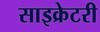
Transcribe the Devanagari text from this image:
साइक्रेटरी